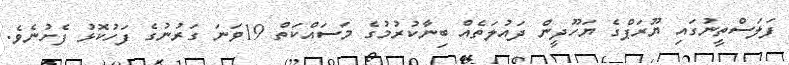
ފަލަސްތީނުގައި ޔޫރަޕްގެ ޔަހޫދީން ދައުލަތެއް ބިނާކުރުމުގެ މަސައްކަތް 19ވަނަ ގަރުނުގެ ފަހުކޮޅު ފެށުނެވެ.